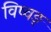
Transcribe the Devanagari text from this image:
विष्वङ्